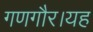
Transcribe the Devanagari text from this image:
गणगौर।यह